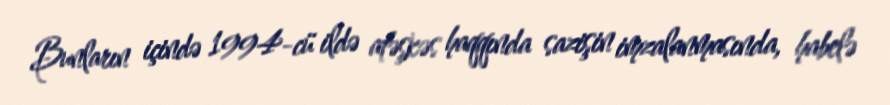
Bunların içində 1994-cü ildə atəşkəs haqqında sazişin imzalanmasında, habelə